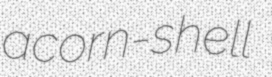
acorn-shell